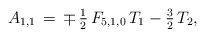
\begin{align*}A_{1,1}\,=\,\mp\,\tfrac{1}{2}\,F_{5,1,0}\,T_1-\tfrac{3}{2}\,T_2,\end{align*}